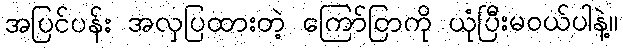
အပြင်ပန်း အလှပြထားတဲ့ ကြော်ငြာကို ယုံပြီးမဝယ်ပါနဲ့။